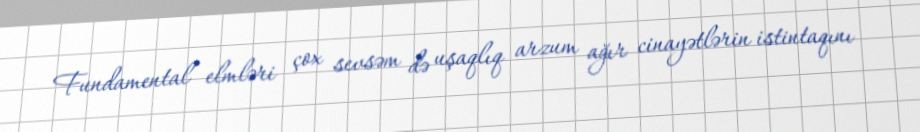
Fundamental elmləri çox sevsəm də uşaqlıq arzum ağır cinayətlərin istintaqını